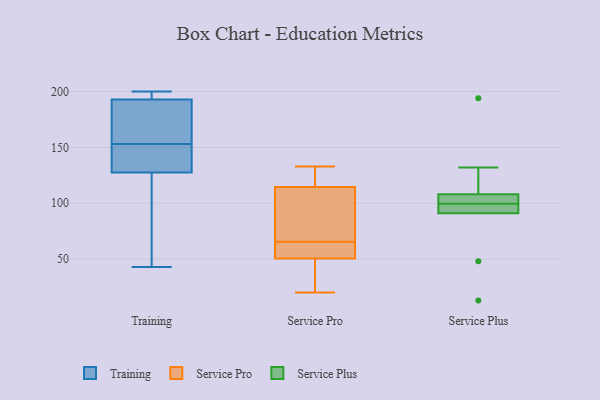
{"axis": {"x": "Waste Production (Tons)", "y": "Value"}, "legend": ["Service Plus", "Service Pro", "Training"], "data": [{"x": "", "y": 200, "type": "Training"}, {"x": "", "y": 144, "type": "Training"}, {"x": "", "y": 193, "type": "Training"}, {"x": "", "y": 193, "type": "Training"}, {"x": "", "y": 43, "type": "Training"}, {"x": "", "y": 200, "type": "Training"}, {"x": "", "y": 124, "type": "Training"}, {"x": "", "y": 109, "type": "Training"}, {"x": "", "y": 161, "type": "Training"}, {"x": "", "y": 174, "type": "Training"}, {"x": "", "y": 131, "type": "Training"}, {"x": "", "y": 145, "type": "Training"}, {"x": "", "y": 133, "type": "Service Pro"}, {"x": "", "y": 62, "type": "Service Pro"}, {"x": "", "y": 93, "type": "Service Pro"}, {"x": "", "y": 53, "type": "Service Pro"}, {"x": "", "y": 41, "type": "Service Pro"}, {"x": "", "y": 69, "type": "Service Pro"}, {"x": "", "y": 38, "type": "Service Pro"}, {"x": "", "y": 20, "type": "Service Pro"}, {"x": "", "y": 128, "type": "Service Pro"}, {"x": "", "y": 131, "type": "Service Pro"}, {"x": "", "y": 77, "type": "Service Pro"}, {"x": "", "y": 129, "type": "Service Pro"}, {"x": "", "y": 51, "type": "Service Pro"}, {"x": "", "y": 50, "type": "Service Pro"}, {"x": "", "y": 101, "type": "Service Pro"}, {"x": "", "y": 52, "type": "Service Pro"}, {"x": "", "y": 102, "type": "Service Plus"}, {"x": "", "y": 94, "type": "Service Plus"}, {"x": "", "y": 194, "type": "Service Plus"}, {"x": "", "y": 108, "type": "Service Plus"}, {"x": "", "y": 97, "type": "Service Plus"}, {"x": "", "y": 91, "type": "Service Plus"}, {"x": "", "y": 48, "type": "Service Plus"}, {"x": "", "y": 103, "type": "Service Plus"}, {"x": "", "y": 132, "type": "Service Plus"}, {"x": "", "y": 13, "type": "Service Plus"}]}